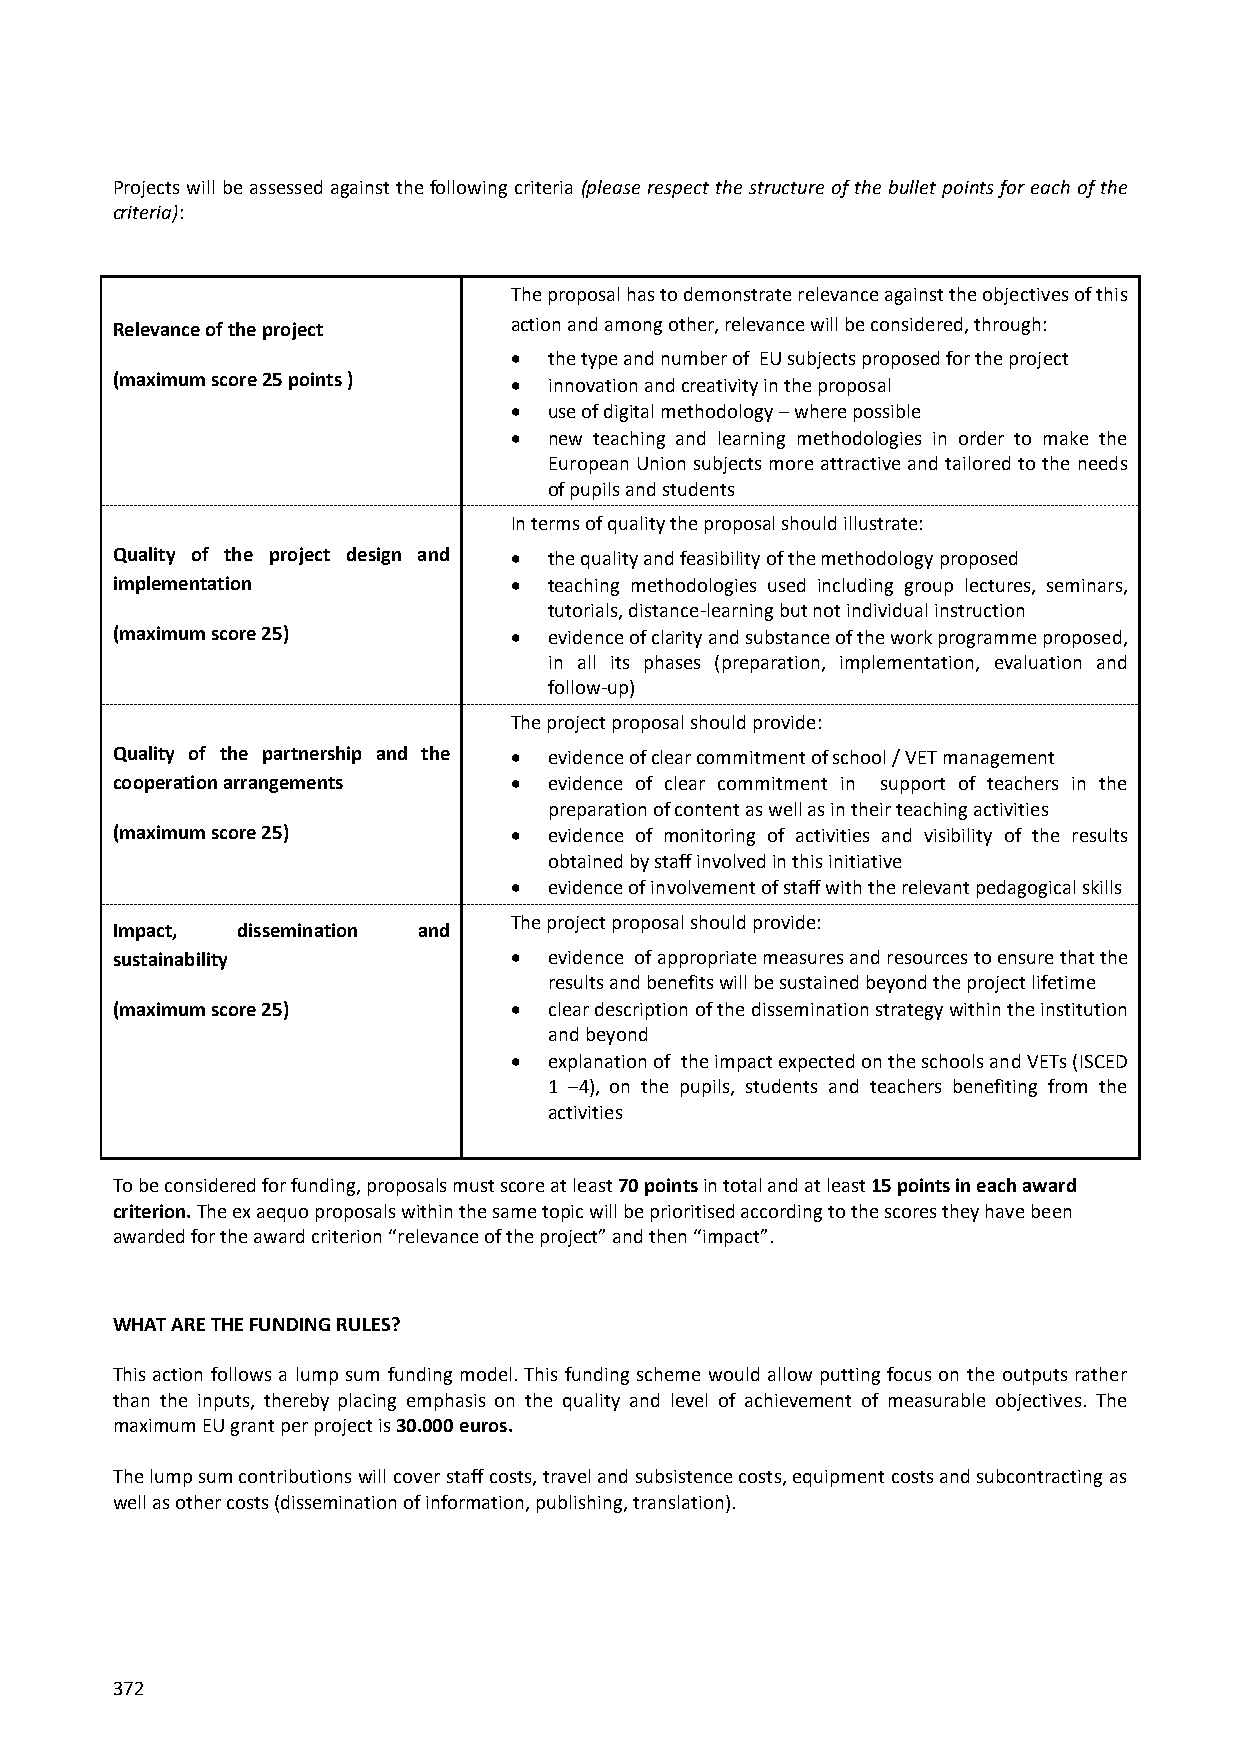
Projects will be assessed against the following criteria (please respect the structure of the bullet points for each of the
 criteria):
 The proposal has to demonstrate relevance against the objectives of this
 Relevance of the project   action and among other, relevance will be considered, through:
  the type and number of EU subjects proposed for the project
 (maximum score 25 points )  innovation and creativity in the proposal
  use of digital methodology – where possible
  new teaching and learning methodologies in order to make the
 European Union subjects more attractive and tailored to the needs
 of pupils and students
 In terms of quality the proposal should illustrate:
 Quality of the project design and  the quality and feasibility of the methodology proposed
 implementation              teaching methodologies used including group lectures, seminars,
 tutorials, distance-learning but not individual instruction
 (maximum score 25)          evidence of clarity and substance of the work programme proposed,
 in all its phases (preparation, implementation, evaluation and
 follow-up)
 The project proposal should provide:
 Quality of the partnership and the  evidence of clear commitment of school / VET management
 cooperation arrangements    evidence of clear commitment in support of teachers in the
 preparation of content as well as in their teaching activities
 (maximum score 25)          evidence of monitoring of activities and visibility of the results
 obtained by staff involved in this initiative
  evidence of involvement of staff with the relevant pedagogical skills
 The project proposal should provide:
 Impact,  dissemination and
 sustainability              evidence of appropriate measures and resources to ensure that the
 results and benefits will be sustained beyond the project lifetime
 (maximum score 25)          clear description of the dissemination strategy within the institution
 and beyond
  explanation of the impact expected on the schools and VETs (ISCED
 1 –4), on the pupils, students and teachers benefiting from the
 activities
 To be considered for funding, proposals must score at least 70 points in total and at least 15 points in each award
 criterion. The ex aequo proposals within the same topic will be prioritised according to the scores they have been
 awarded for the award criterion “relevance of the project” and then “impact”.
 WHAT ARE THE FUNDING RULES?
 This action follows a lump sum funding model. This funding scheme would allow putting focus on the outputs rather
 than the inputs, thereby placing emphasis on the quality and level of achievement of measurable objectives. The
 maximum EU grant per project is 30.000 euros.
 The lump sum contributions will cover staff costs, travel and subsistence costs, equipment costs and subcontracting as
 well as other costs (dissemination of information, publishing, translation).
 372